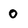
Character: O